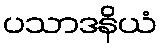
ပသာဒနိယံ